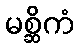
မစ္ဆိကံ